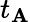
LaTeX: t_{\mathbf{A}}